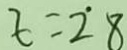
t = 2 8